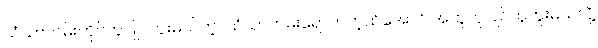
သံသာကမ်းတိုင်တူပြိုင်ကူးမယ်တဲ့။ သံသာကမ်းရောက်တဲ့ထိအောင် အတူတူပြိုင်တူကူးမယ်လို့